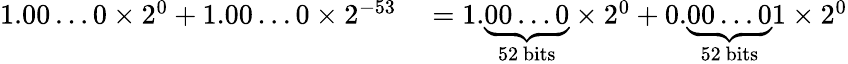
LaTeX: \begin{array}{rl}{1.00\ldots 0\times 2^{0}+1.00\ldots 0\times 2^{-53}}&{{}=1.\underbrace{00\ldots 0}_{\mathrm{52~bits}}\times 2^{0}+0.\underbrace{00\ldots 0}_{\mathrm{52~bits}}1\times 2^{0}}\end{array}